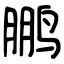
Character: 鹏